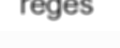
reges